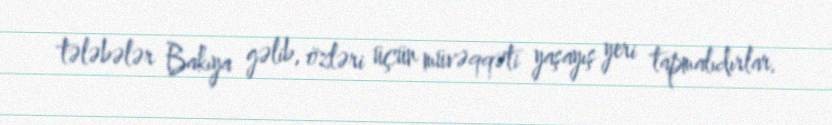
tələbələr Bakıya gəlib, özləri üçün müvəqqəti yaşayış yeri tapmalıdırlar.